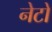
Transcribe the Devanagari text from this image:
नेटो